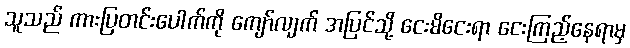
သူသည် ကားပြတင်းပေါက်ကို ကျော်လျက် အပြင်သို့ ငေးမိငေးရာ ငေးကြည့်နေရာမှ